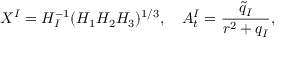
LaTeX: X ^ { I } = H _ { I } ^ { - 1 } ( H _ { 1 } H _ { 2 } H _ { 3 } ) ^ { 1 / 3 } , \quad A _ { t } ^ { I } = \frac { \tilde { q } _ { I } } { r ^ { 2 } + q _ { I } } ,